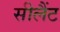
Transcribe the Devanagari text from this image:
सीलैंट